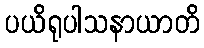
ပယိရုပါသနာယာတိ